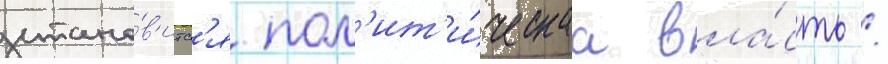
стано́в'итс'я пол'ит'и́ческаа вла́сть /